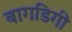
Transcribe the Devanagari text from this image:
बागडिगी